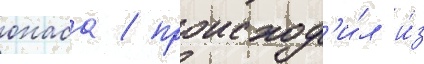
онаса / происход'и́л и́з